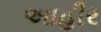
અાહીર